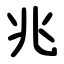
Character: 兆